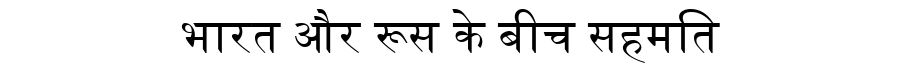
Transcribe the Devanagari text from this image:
भारत और रूस के बीच सहमति